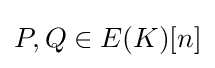
P,Q\in E(K)[n]